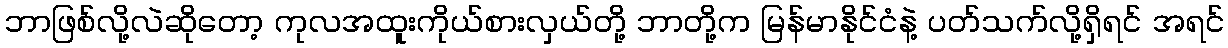
ဘာဖြစ်လို့လဲဆိုတော့ ကုလအထူးကိုယ်စားလှယ်တို့ ဘာတို့က မြန်မာနိုင်ငံနဲ့ ပတ်သက်လို့ရှိရင် အရင်